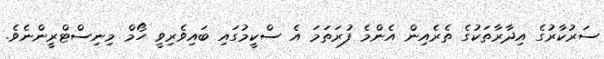
ސަރުކާރުގެ އިދާރާތަކުގެ ތެރެއިން އެންމެ ފުރަތަމަ އެ ސްކީމުގައި ބައިވެރިވީ ހޯމް މިނިސްޓްރީންނެވެ.